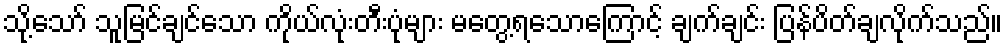
သို့သော် သူမြင်ချင်သော ကိုယ်လုံးတီးပုံများ မတွေ့ရသောကြောင့် ချက်ချင်း ပြန်ပိတ်ချလိုက်သည်။